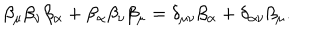
LaTeX: \beta _ { \mu } \beta _ { \nu } \beta _ { \alpha } + \beta _ { \alpha } \beta _ { \nu } \beta _ { \mu } = \delta _ { \mu \nu } \beta _ { \alpha } + \delta _ { \alpha \nu } \beta _ { \mu } .